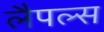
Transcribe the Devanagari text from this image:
लैपल्स